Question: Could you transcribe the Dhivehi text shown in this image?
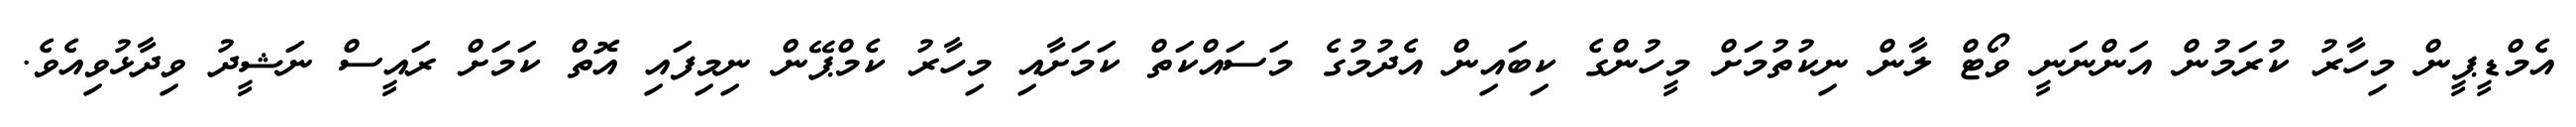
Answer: އެމްޑީޕީން މިހާރު ކުރަމުން އަންނަނީ ވޯޓް ލާން ނިކުތުމަށް މީހުންގެ ކިބައިން އެދުމުގެ މަސައްކަތް ކަމަށާއި މިހާރު ކެމްޕޭން ނިމިފައި އޮތް ކަމަށް ރައީސް ނަޝީދު ވިދާޅުވިއެވެ.